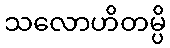
သလောဟိတမ္ပိ